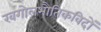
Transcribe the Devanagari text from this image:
खगोलभौतिकविदों